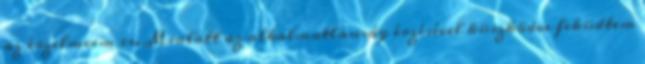
az érzelmeim is. Mialatt az alkalmatlanság érzésével küszködve feküdtem